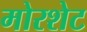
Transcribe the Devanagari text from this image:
मोरशेट